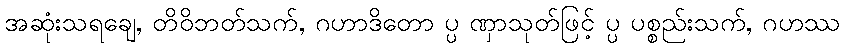
အဆုံးသရချေ, တိဝိဘတ်သက်, ဂဟာဒိတော ပ္ပ ဏှာသုတ်ဖြင့် ပ္ပ ပစ္စည်းသက်, ဂဟဿ